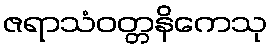
ဇရာသံဝတ္တနိကေသု